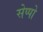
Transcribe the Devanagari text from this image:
सेप्पो